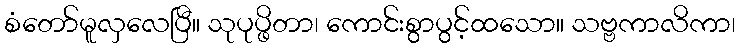
စံတော်မူလှလေပြီ။ သုပုပ္ဖိတာ၊ ကောင်းစွာပွင့်ထသော။ သဗ္ဗကာလိကာ၊